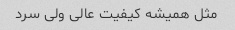
مثل همیشه کیفیت عالی ولی سرد